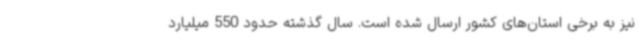
نیز به برخی استان‌های کشور ارسال شده است. سال گذشته حدود 550 میلیارد